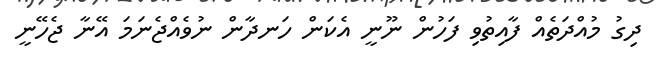
ދިގު މުއްދަތެއް ފާއިތުވި ފަހުން ނޫނީ އެކަން ހަނދާން ނުވެއްޖެނަމަ އޭނާ ޖެހޭނީ